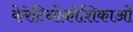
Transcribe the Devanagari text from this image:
केरेटिनोकोशिकाओं